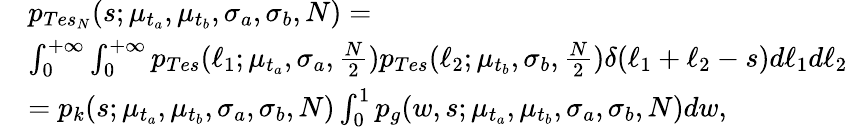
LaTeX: \begin{array}{rl}&{p_{Tes_{N}}(s;\mu_{t_{a}},\mu_{t_{b}},\sigma_{a},\sigma_{b},N)=}\\ &{\int_{0}^{+\infty}\int_{0}^{+\infty}p_{Tes}(\ell_{1};\mu_{t_{a}},\sigma_{a},\frac{N}{2})p_{Tes}(\ell_{2};\mu_{t_{b}},\sigma_{b},\frac{N}{2})\delta(\ell_{1}+\ell_{2}-s)d\ell_{1}d\ell_{2}}\\ &{=p_{k}(s;\mu_{t_{a}},\mu_{t_{b}},\sigma_{a},\sigma_{b},N)\int_{0}^{1}p_{g}(w,s;\mu_{t_{a}},\mu_{t_{b}},\sigma_{a},\sigma_{b},N)dw,}\end{array}